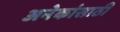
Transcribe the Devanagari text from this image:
अनेकांसाठी